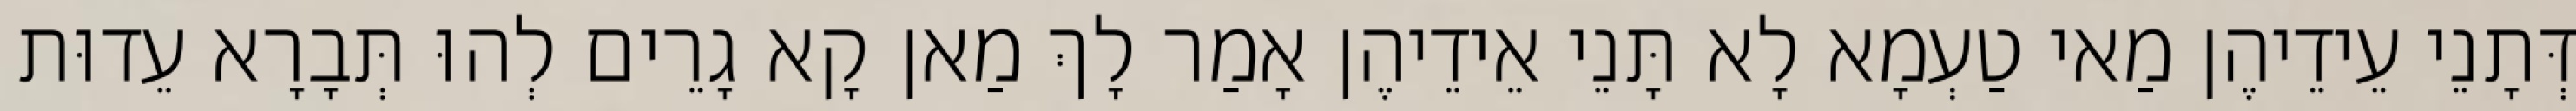
דְּתָנֵי עֵידֵיהֶן מַאי טַעְמָא לָא תָּנֵי אֵידֵיהֶן אָמַר לָךְ מַאן קָא גָרֵים לְהוּ תְּבָרָא עֵדוּת